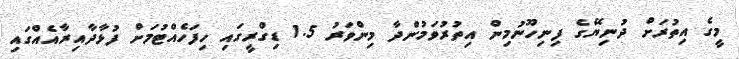
މީގެ އިތުރަށް ދުނިޔޭގެ ފިނިހޫނުމިން އިތުރުވަމުންދާ މިންވަރު 1.5 ޑިގްރީގައި ހިފަހެއްޓުމަށް ފުޅާދާއިރާއެއްގައި